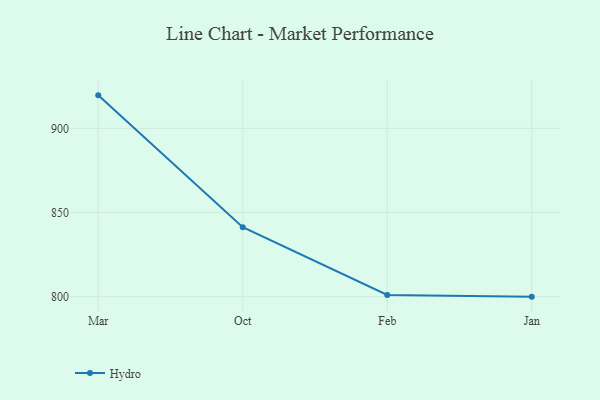
{"axis": {"x": "Month", "y": "Shipments"}, "legend": ["Hydro"], "data": [{"x": "Mar", "y": 919.6, "type": "Hydro"}, {"x": "Oct", "y": 841.3, "type": "Hydro"}, {"x": "Feb", "y": 801.0, "type": "Hydro"}, {"x": "Jan", "y": 800, "type": "Hydro"}]}